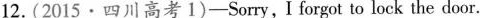
12. (2015·四川高考 1)—Sorry, I forgot to lock the door.